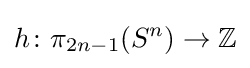
h\colon \pi _{2n-1}(S^{n})\to \mathbb {Z}